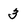
Character: 3